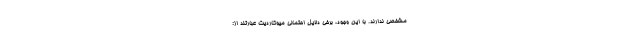
مشخصی ندارند. با این وجود، برخی دلایل احتمالی میوکاردیت عبارتند از: